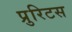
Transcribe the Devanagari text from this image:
प्रुरिटस